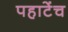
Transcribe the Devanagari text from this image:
पहाटेंच